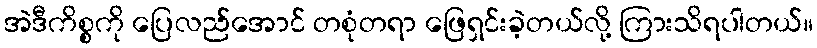
အဲဒီကိစ္စကို ပြေလည်အောင် တစုံတရာ ဖြေရှင်းခဲ့တယ်လို့ ကြားသိရပါတယ်။